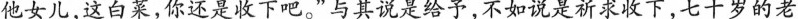
他女儿，这白策，你还是收下吧”与其说是给予，不如说是新求以下，七十岁的老